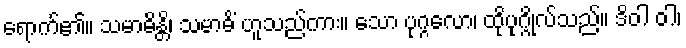
ရောက်၏။ သမာဓိန္တိ၊ သမာဓိံ ဟူသည်ကား။ သော ပုဂ္ဂလော၊ ထိုပုဂ္ဂိုလ်သည်။ ဒိဝါ ဝါ၊